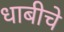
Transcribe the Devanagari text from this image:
धाबीचे